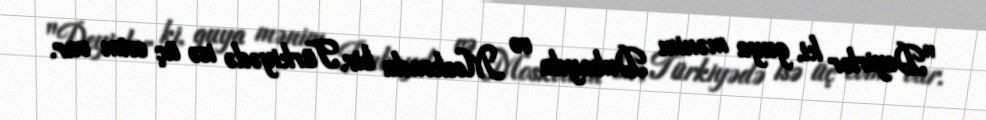
"Deyirlər ki, guya mənim Dubayda və Moskvada bir, Türkiyədə isə üç evim var.